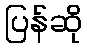
ပြန်ဆို